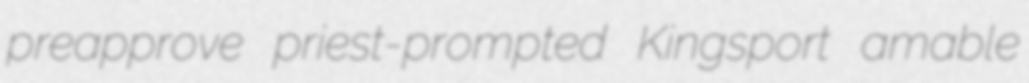
preapprove priest-prompted Kingsport amable